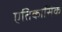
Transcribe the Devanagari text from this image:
एतिकासिक